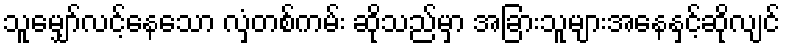
သူမျှော်လင့်နေသော လှံတစ်ကမ်း ဆိုသည်မှာ အခြားသူများအနေနှင့်ဆိုလျင်